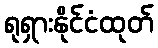
ရုရှားနိုင်ငံထုတ်